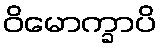
ဝိမောက္ခာပိ